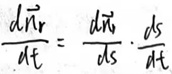
$\frac{d \vec{n}_{r}}{d t}=\frac{d \vec{n}_{r}}{d s} \cdot \frac{d s}{d t}$